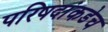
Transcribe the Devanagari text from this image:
परिषदांकडेच